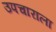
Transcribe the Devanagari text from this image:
उपचाराला